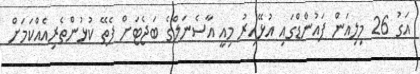
އަގު 26 މިލިއަން ޕައުންޑްގައި އުޅޭއިރު މިއީ އާސެނަލްގެ ބަޖެޓަށް ފެތޭ ކުޅުންތެރިއެއްކަމަށް